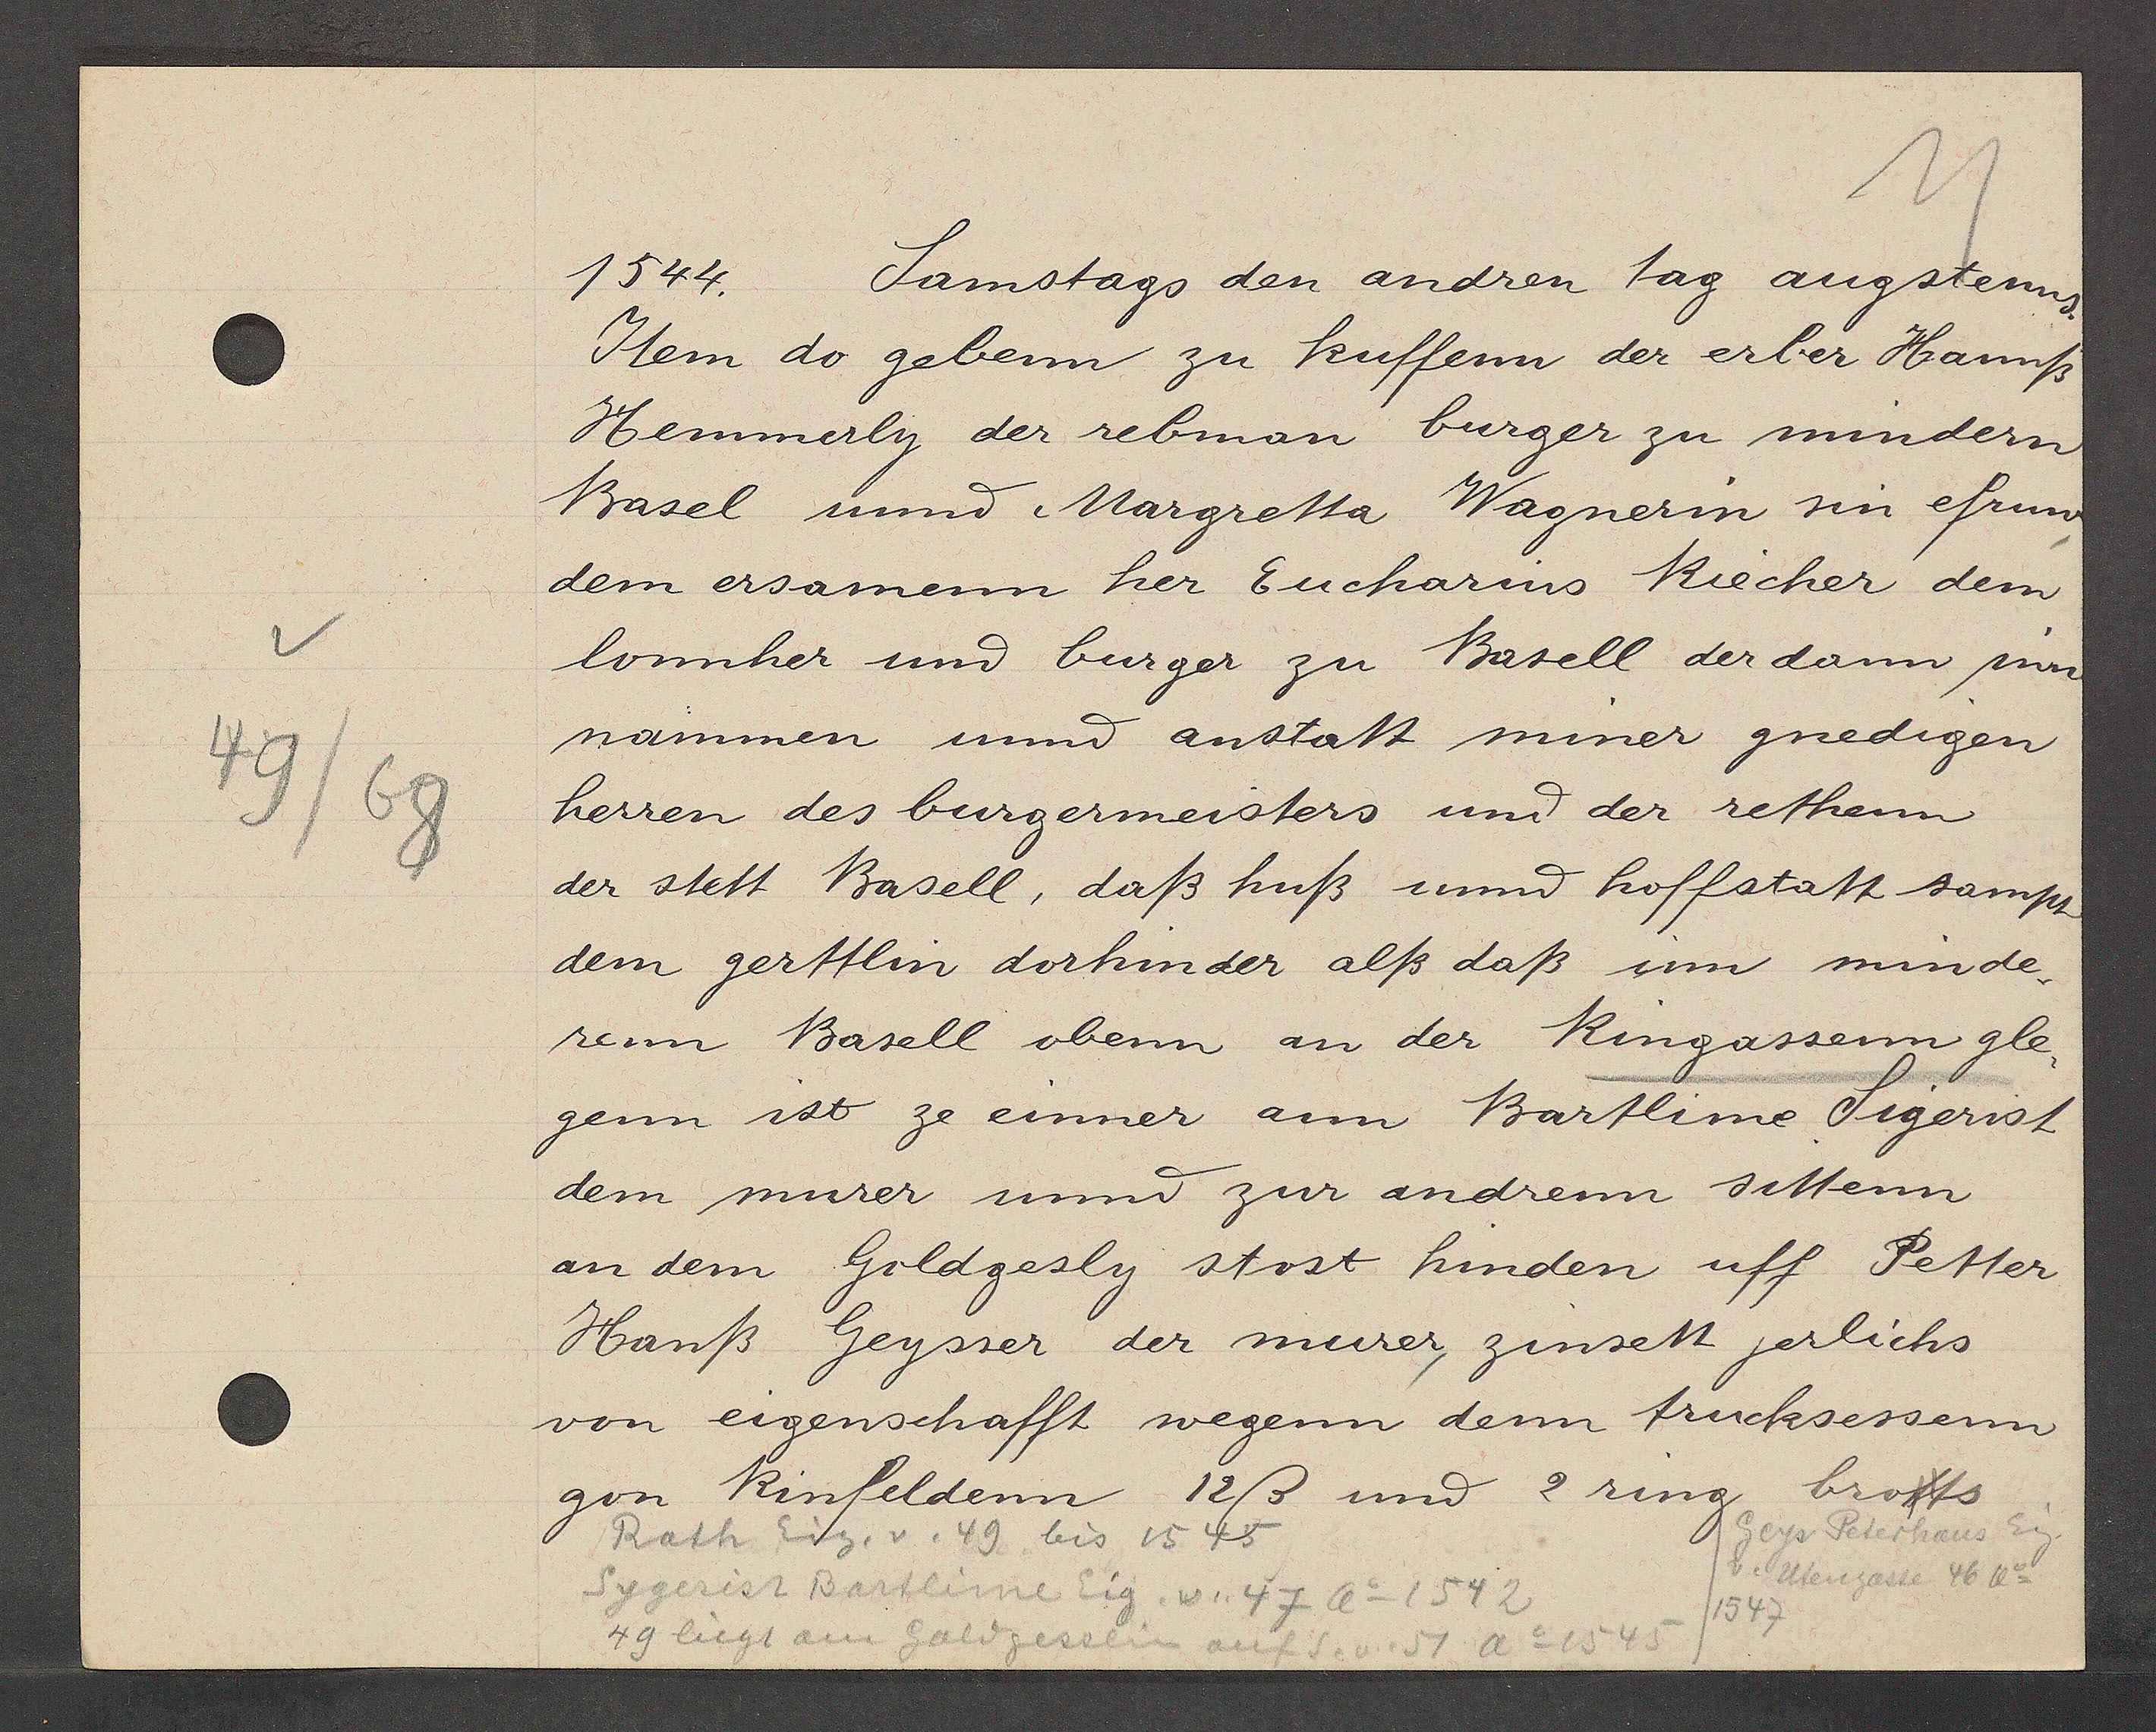
Transcript:
49/68

1544.
Samstags den andren tag augstenns.

Item do gebenn zu kuffenn der erber Hannß
Hemmerly der rebman burger zu mindern
Basel und Margretta Wagnerin sin efruw
dem ersamenn her Eucharins Riecher dem
lonnher und burger zu Basell der dann inn
nämmen und anstatt miner gnedigen
herren des burgermeisters und der rethenn
der stett Basell, daß huß und hoffstatt sampt
dem gerttlin dorhinder alß daß im minde¬
renn Basell obenn an der Ringassenn gle¬
genn ist ze einner ann Bartlime Sigerist
dem murer und zur andrenn sittenn
an dem Goldgesly stost hinden uff Petter
Hanß Geysser der murer zinsett jerlichs
von eigenschafft wegenn dem trucksessenn
gon Rinfeldenn 12ß und 2 ring brots

Geys Peterhaus Eog.
Rath Eig. v. 49 bis 1545
v. Utengasse 46 Ao
Sygerist Bartlime Eig. v. 47 Ao 1542
/1547
49 liegt am Goldgesslin auf S. v. 57 Ao 1545